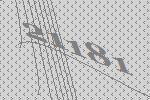
21181